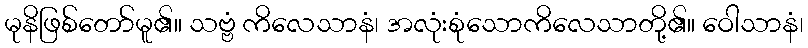
မုနိဖြစ်တော်မူ၏။ သဗ္ဗံ ကိလေသာနံ၊ အလုံးစုံသောကိလေသာတို့၏။ ဝေါသာနံ၊